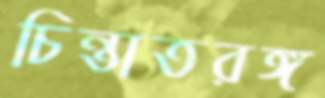
চিন্তাতরঙ্গ